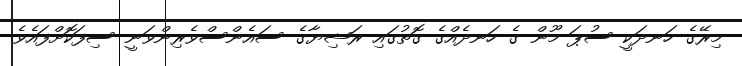
މިރޭގެ ހަނދަކީ ސުޕަ މޫން ގެ ހަނދެއްގެ ގޮތުގައި ރަޝިޔާގެ ސައެންސްވެރިންވަނީ ސިފަކޮށްފައެވެ.